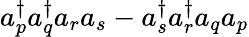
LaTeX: a_{p}^{\dagger}a_{q}^{\dagger}a_{r}a_{s}-a_{s}^{\dagger}a_{r}^{\dagger}a_{q}a_{p}